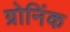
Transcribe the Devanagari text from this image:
ग्रोनिंक